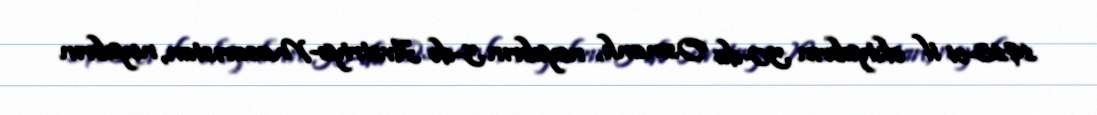
1918-ci il oktyabrın 30-da Osmanlı, noyabrın 3-də Avstriya-Macarıstan, noyabrın